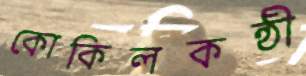
কোকিলকন্ঠী